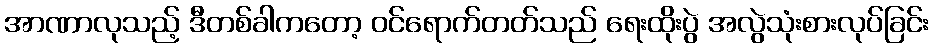
အာဏာလုသည့် ဒီတစ်ခါကတော့ ဝင်ရောက်တတ်သည် ရေးထိုးပွဲ အလွဲသုံးစားလုပ်ခြင်း